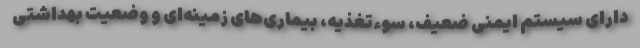
دارای سیستم ایمنی ضعیف، سوءتغذیه، بیماری‌های زمینه‌ای و وضعیت بهداشتی